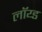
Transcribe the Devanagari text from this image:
लॉय्ड